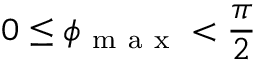
0 \le \phi _ { \mathrm { ~ m ~ a ~ x ~ } } < \frac { \pi } { 2 }